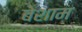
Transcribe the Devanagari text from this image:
बेशाम